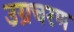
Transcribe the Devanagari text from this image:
उग्रचरण